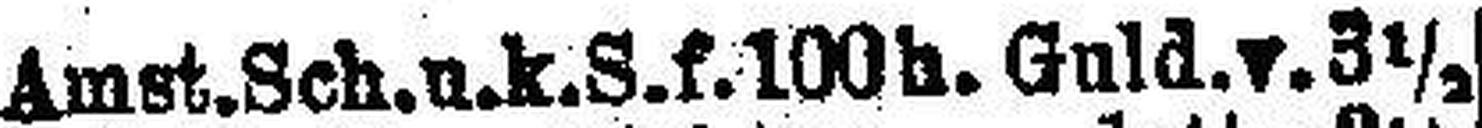
Amst. Sch. u. k. S. f. 100 h. Guld. v. 3 ½